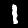
Label: 1